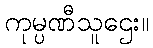
ကုမ္ပဏီသူဌေး။